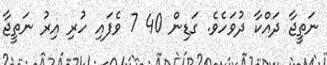
ނަތީޖާ ދައްކާ ދުވަހެވެ. ގަޑިން 40 7 ވެފައި ހުރި އިރު ނަތީޖާ